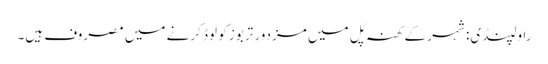
راولپنڈی: شہر کے کھنہ پُل میں مزدور تربوز کو لوڈ کرنے میں مصروف ہیں۔